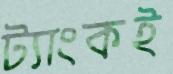
ট্যাংকই